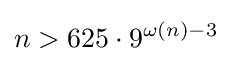
n>625\cdot 9^{\omega (n)-3}